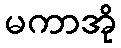
မကာအို